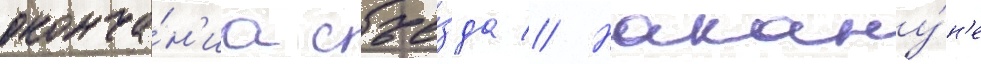
оконча́н'иа съе́зда // Накану́н'е